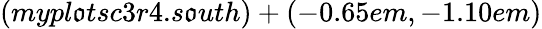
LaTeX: (mypl\mathfrak{o}tsc3r4.s\mathfrak{o}uth)+(-0.65em,-1.10em)